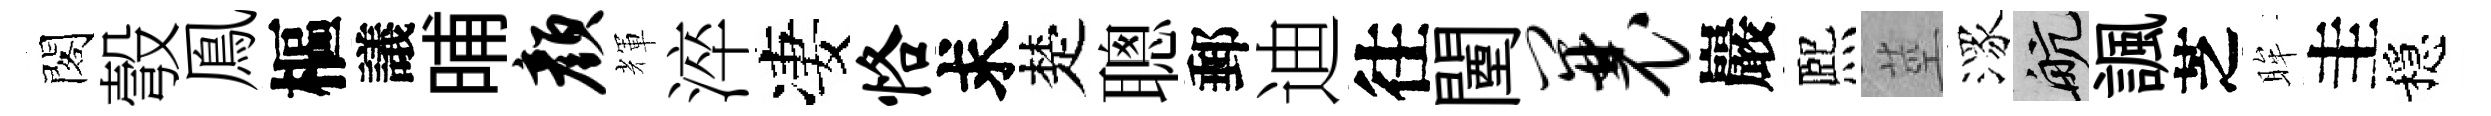
閣彀鳯樞議晡颜輝淬凄恪求楚聰郵迪往闉曩巖熈莖潈航諷芝眸圭穩